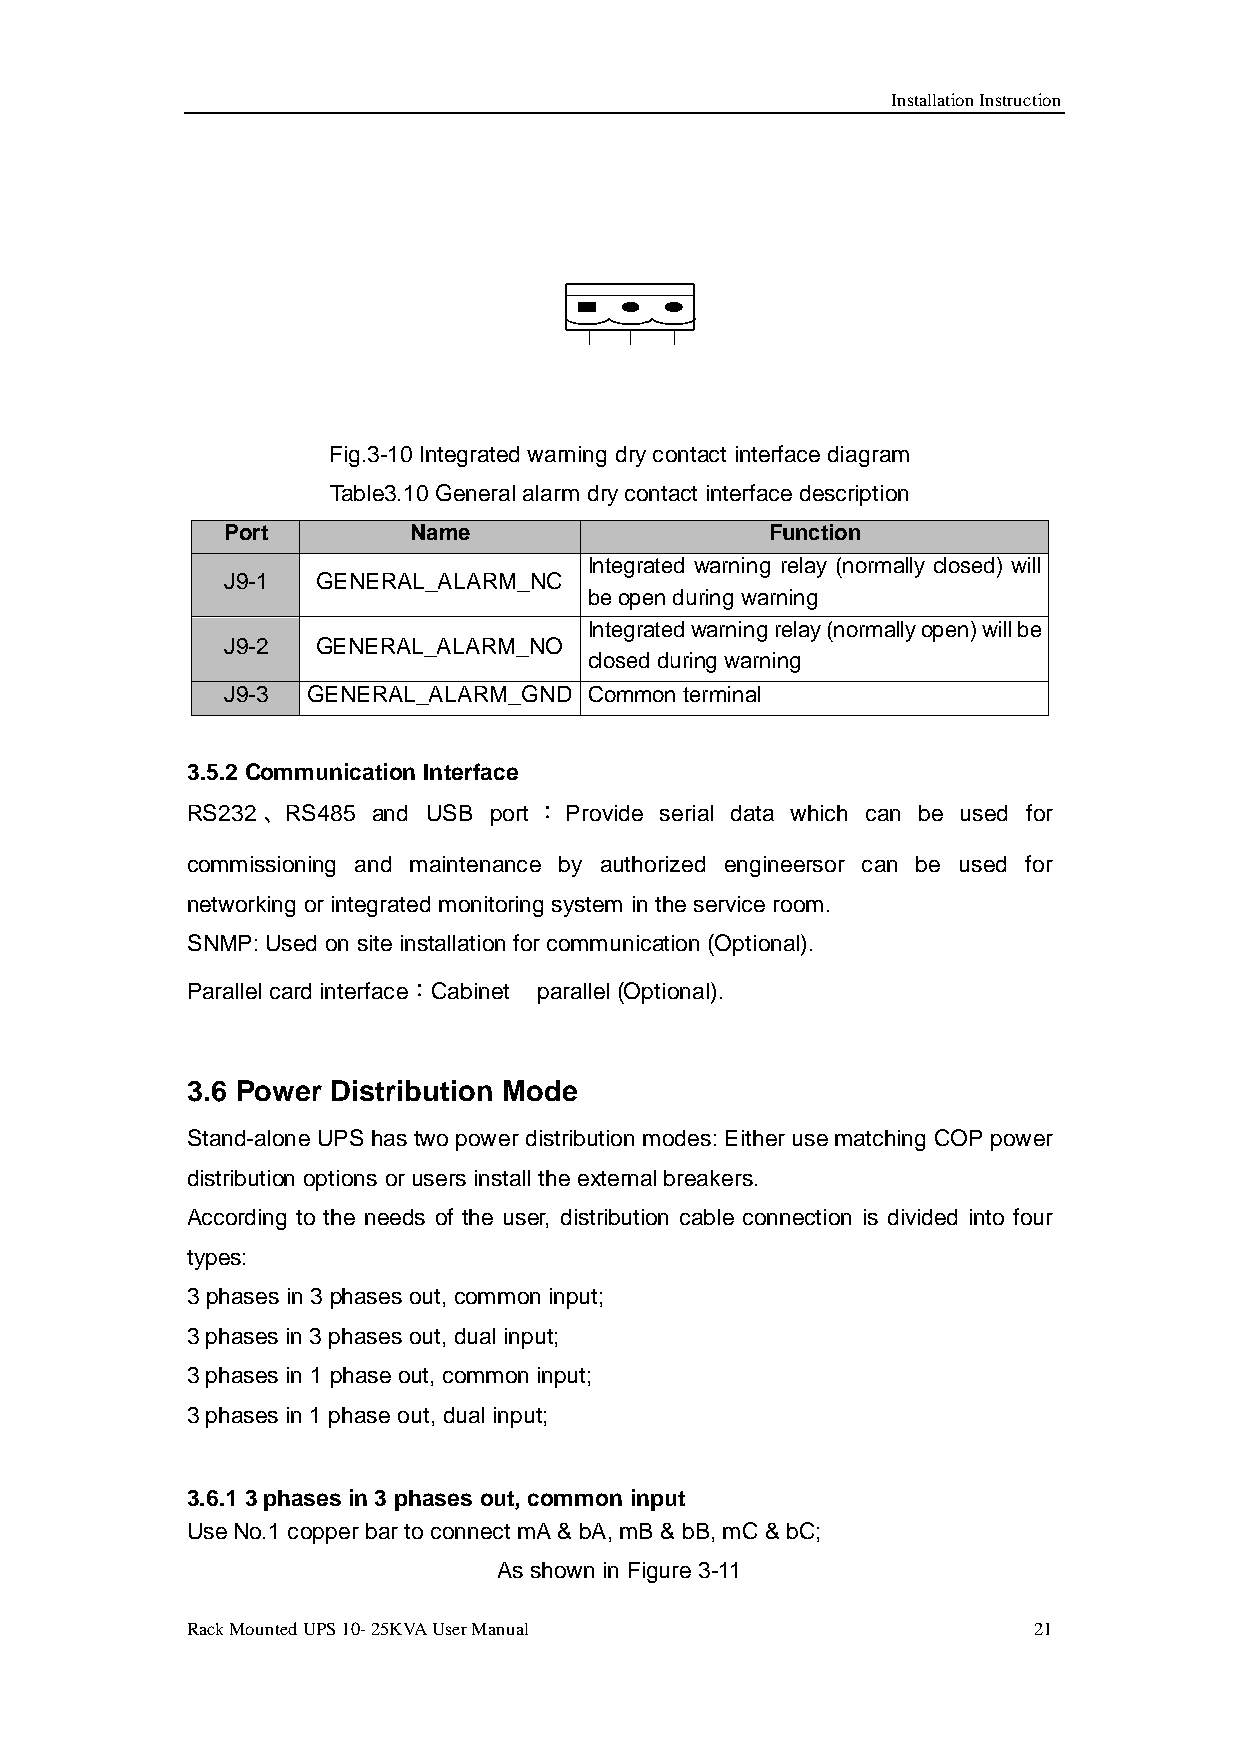
Installation Instruction
 Fig.3-10 Integrated warning dry contact interface diagram
 Table3.10 General alarm dry contact interface description
 Port        Name                    Function
 Integrated warning relay (normally closed) will
 J9-1  GENERAL_ALARM_NC
 be open during warning
 Integrated warning relay (normally open) will be
 J9-2  GENERAL_ALARM_NO
 closed during warning
 J9-3 GENERAL_ALARM_GND  Common terminal
 3.5.2 Communication Interface
 RS232 、 RS485 and USB port ： Provide serial data which can be used for
 commissioning and maintenance by authorized engineersor can be used for
 networking or integrated monitoring system in the service room.
 SNMP: Used on site installation for communication (Optional).
 Parallel card interface：Cabinet parallel (Optional).
 3.6 Power Distribution Mode
 Stand-alone UPS has two power distribution modes: Either use matching COP power
 distribution options or users install the external breakers.
 According to the needs of the user, distribution cable connection is divided into four
 types:
 3 phases in 3 phases out, common input;
 3 phases in 3 phases out, dual input;
 3 phases in 1 phase out, common input;
 3 phases in 1 phase out, dual input;
 3.6.1 3 phases in 3 phases out, common input
 Use No.1 copper bar to connect mA & bA, mB & bB, mC & bC;
 As shown in Figure 3-11
 Rack Mounted UPS 10- 25KVA User Manual                  21